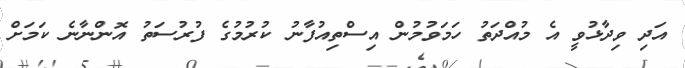
އަދި ވިދާޅުވީ އެ މުއްދަތު ހަމަވުމުން އިސްތިއުފާނު ކުރުމުގެ ފުރުސަތު އޮންނާނެ ކަމަށް